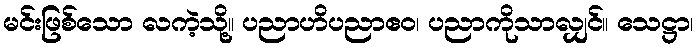
မင်းဖြစ်သော လကဲ့သို့။ ပညာဟိပညာဧဝ၊ ပညာကိုသာလျှင်။ သေဋ္ဌာ၊